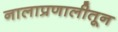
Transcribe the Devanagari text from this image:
नालाप्रणालीतून